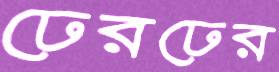
ঢেরঢের